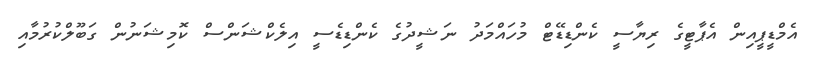
އެމްޑީޕީއިން އެޕާޓީގެ ރިޔާސީ ކެންޑިޑޭޓް މުހައްމަދު ނަޝީދުގެ ކެންޑިޑެސީ އިލެކްޝަންސް ކޮމިޝަނުން ގަބޫލްކުރުމާއި